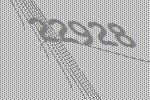
22928